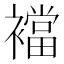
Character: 襠